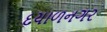
દયાળનગર